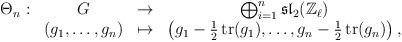
LaTeX: \begin{align*}\begin{array}{cccc}\Theta_n : & G & \to & \bigoplus_{i=1}^n \mathfrak{sl}_2(\mathbb{Z}_\ell)\\& (g_1,\ldots,g_n) & \mapsto & \left( g_1 -\frac{1}{2} \operatorname{tr}(g_1), \ldots, g_n -\frac{1}{2} \operatorname{tr}(g_n) \right),\end{array}\end{align*}